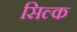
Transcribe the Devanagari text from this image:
सिल्‍क